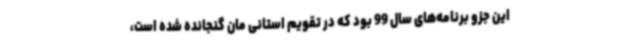
این جزو برنامه‌های سال 99 بود که در تقویم استانی مان گنجانده شده است،